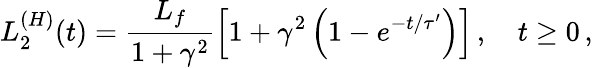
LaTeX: L_{2}^{(H)}(t)=\frac{L_{f}}{1+\gamma^{2}}\left[1+\gamma^{2}\left(1-e^{-t/\tau^{\prime}}\right)\right]\, ,\quad t\ge 0\, ,